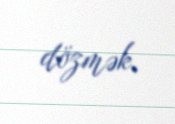
dözmək.